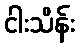
ငါးသိန်း